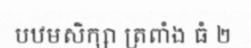
បឋមសិក្សា ត្រពាំង ធំ ២